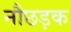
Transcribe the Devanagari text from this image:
नौछड़क